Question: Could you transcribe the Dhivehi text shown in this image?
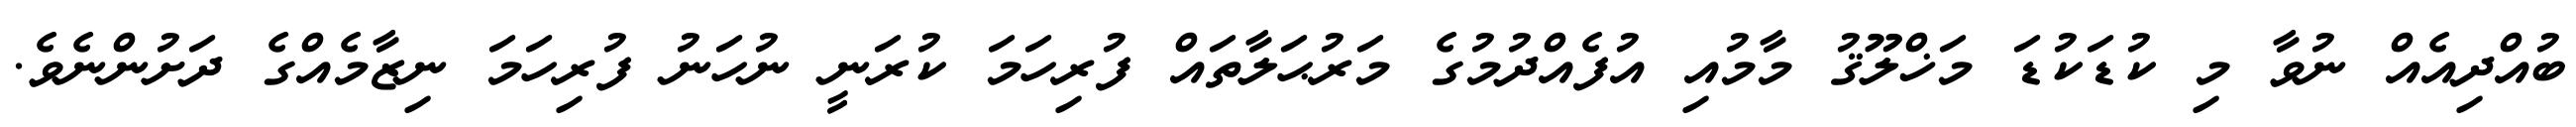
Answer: ބުއްދިއެއް ނުވާ މި ކުޑަކުޑަ މަޚްލޫޤު މާމުއި އުފެއްދުމުގެ މަރުޙަލާތައް ފުރިހަމަ ކުރަނީ ނުހަނު ފުރިހަމަ ނިޒާމެއްގެ ދަށުންނެވެ.